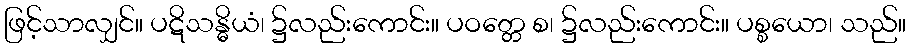
ဖြင့်သာလျှင်။ ပဋိသန္ဓိယံ၊ ၌လည်းကောင်း။ ပဝတ္တေ စ၊ ၌လည်းကောင်း။ ပစ္စယော၊ သည်။